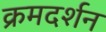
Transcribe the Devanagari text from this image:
क्रमदर्शन